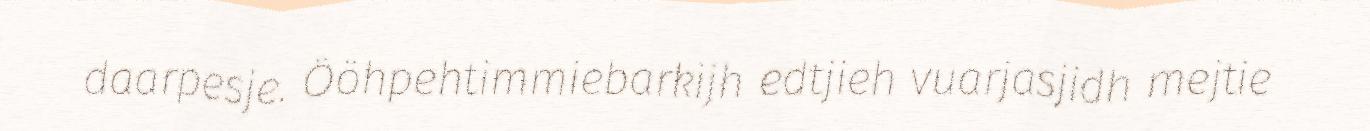
daarpesje. Ööhpehtimmiebarkijh edtjieh vuarjasjidh mejtie